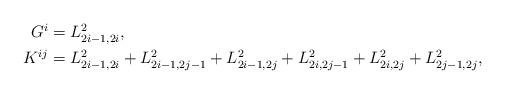
LaTeX: \begin{align*}\begin{aligned} G^{i}&=L_{2i-1,2i}^{2},\\ K^{ij}&=L_{2i-1,2i}^2+L_{2i-1,2j-1}^2+L_{2i-1,2j}^2+L_{2i,2j-1}^2+L_{2i,2j}^2+L_{2j-1,2j}^2,\end{aligned}\end{align*}